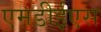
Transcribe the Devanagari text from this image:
एमडीईएस